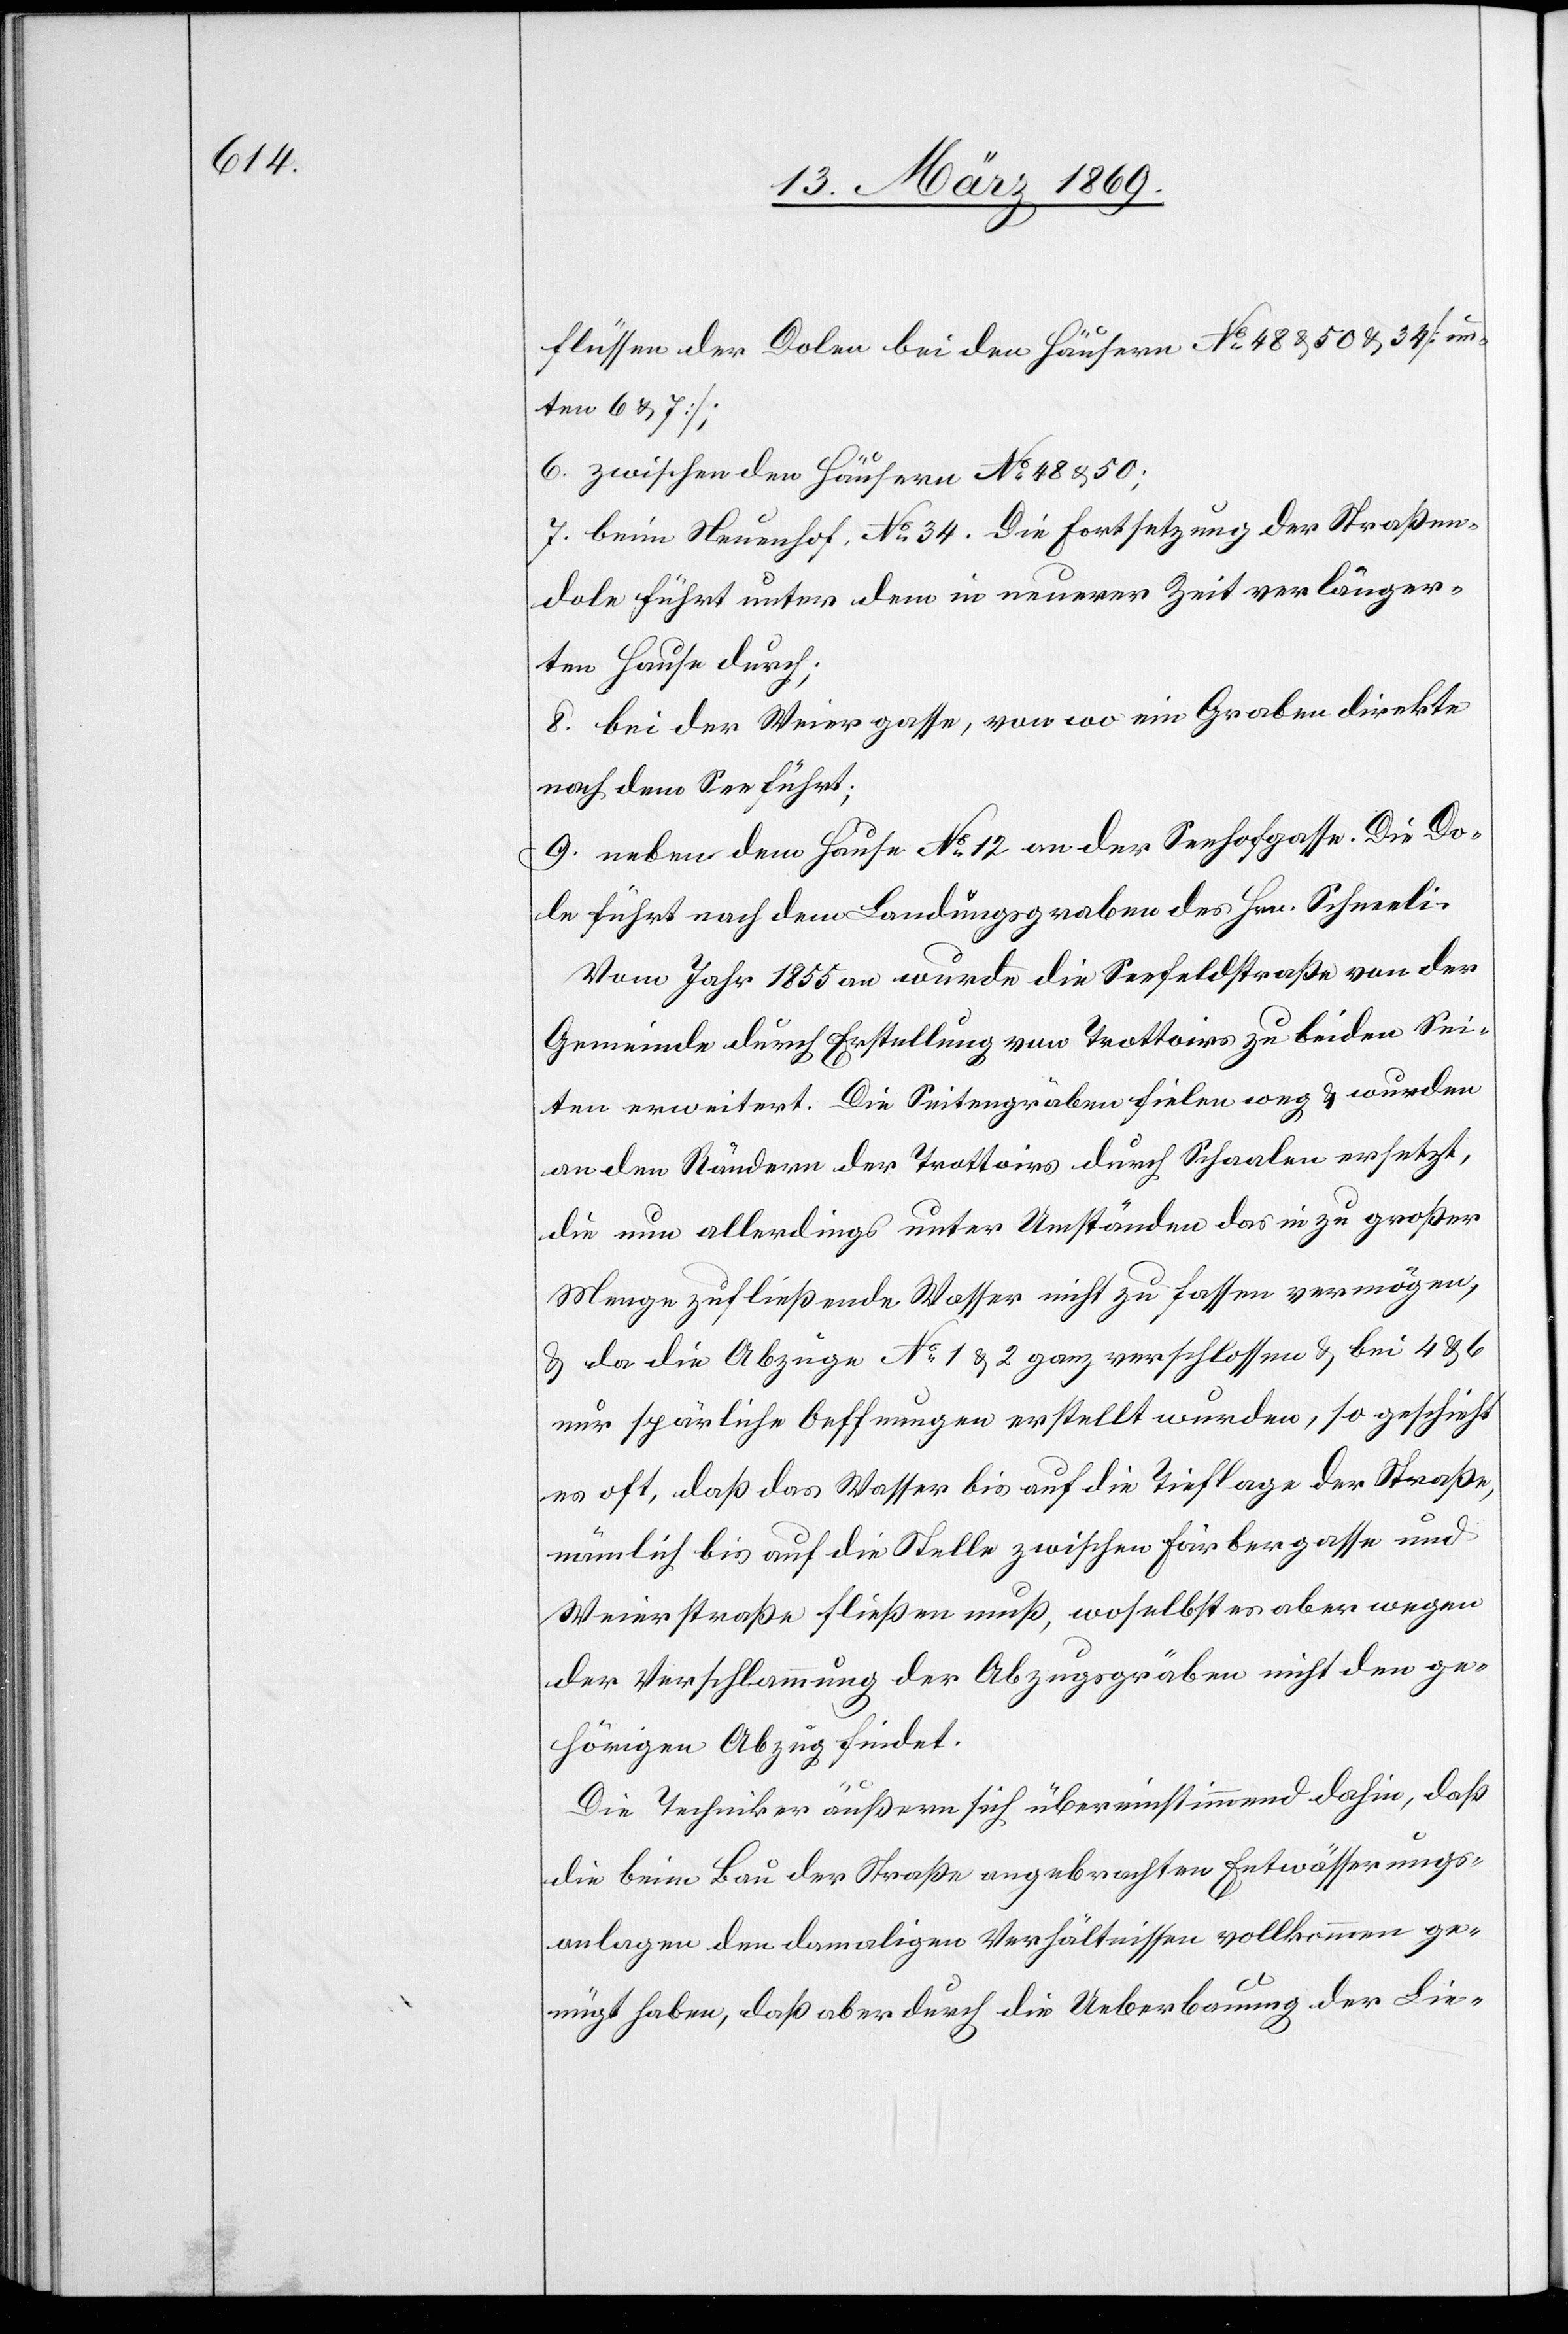
flüssen der Dolen bei den Häusern N° 48 & 50 & 34 [un¬
ten 6 & 7];
6. zwischen den Häusern N° 48 & 50;
7. beim Neuenhof. N° 34. Die Fortsetzung der Straßen¬
dole führt unter dem in neuerer Zeit verlänger¬
ten Hause durch;
8. bei der Weiergasse, von wo ein Graben direkte
nach dem See führt:
9. Neben dem Hause N° 12 an der Seehofgasse. Die Do¬
le führt nach dem Landungsgraben des Hrn. Schneeli.
Vom Jahr 1855 an wurde die Seefeldstraße von der
Gemeinde durch Erstellung vom Trottoir zu beiden Sei¬
ten erweitert. Die Seitengräben fielen weg & wurden
an den Rändern des Trottoirs durch Schaalen ersetzt,
die nun allerdings unter Umständen das in zu großer
Menge zufließende Wasser nicht zu fassen vermögen,
& da die Abzüge N° 1 & 2 ganz verschlossen & bei 4 & 6
nur spärliche Aeffnungen erstellt wurden, so geschieht
es oft, daß das Wasser bis auf die Tieflage der Straße,
nämlich bis auf die Stelle zwischen Färbergasse und
Weierstraße fließen muß, woselbst es aber wegen
der Verschlammung der Abzugsgräben nicht den ge¬
hörigen Abzug findet.
Die Techniker äußern sich übereinstimmend dahin, daß
die beim Bau der Straße angebrachten Entwässerungs¬
anlagen den damaligen Verhältnissen vollkommen ge¬
nügt haben, daß aber durch die Ueberbauung der Lie-